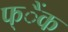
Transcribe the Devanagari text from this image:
फ्ैंक